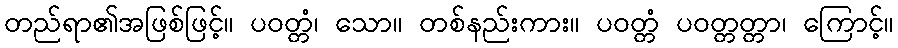
တည်ရာ၏အဖြစ်ဖြင့်။ ပဝတ္တံ၊ သော။ တစ်နည်းကား။ ပဝတ္တံ ပဝတ္တတ္တာ၊ ကြောင့်။